Annual administration report of the Civil Veterinary Department, Ajmere-Merwara, British Rajputana - 1914-1940
Year: 1914
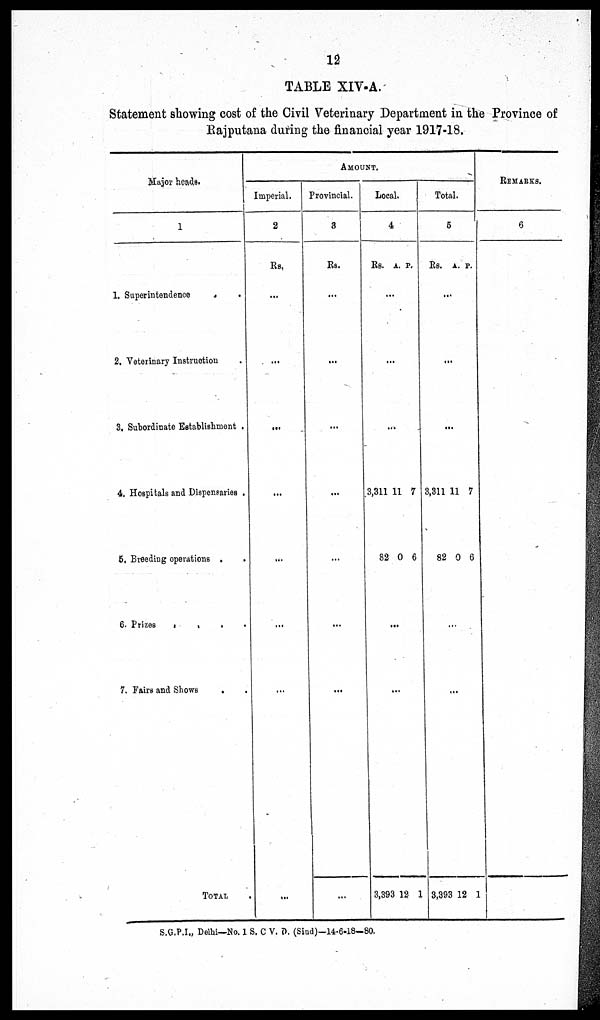
12
TABLE XIV-A.
Statement showing cost of the Civil Veterinary Department in the Province of
Rajputana during the financial year 1917-18.
Major heads.
1
1. Superintendence . .
2. Veterinary Instruction .
3. Subordinate Establishment .
4. Hospitals and Dispensaries .
5. Breeding operations
.
.
6. Frizes
.
.
.
.
7. Fairs and Shows . .
TOTAL
AMOUNT.
Imperial.
2
Rs.
...
...
...
...
...
...
...
......
Provincial.
3
Rs.
...
...
...
...
...
...
...
...
Local.
4
Rs. A. P.
...
...
..
3,311
82
11
0
7
6
...
...
3,393 12 1
Total.
5
Rs. A. P.
...
...
...
3,311
82
11
0
7
6
...
...
3,393 12 1
REMARKS.
6
S.G.P.I., Delhi—No. 1 S. C V. D. (Sind)—14-6-18—80.